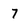
Character: 7